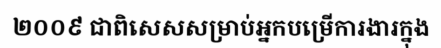
២០០៩ ជាពិសេសសម្រាប់អ្នកបម្រើការងារក្នុង